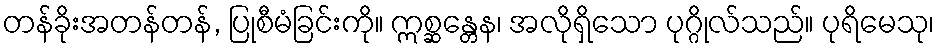
တန်ခိုးအတန်တန်, ပြုစီမံခြင်းကို။ ဣစ္ဆန္တေန၊ အလိုရှိသော ပုဂ္ဂိုလ်သည်။ ပုရိမေသု၊